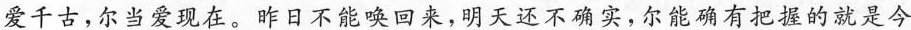
爱千古，尔当爱现在。昨日不能唤回来，明天还不确实，尔能确有把握的就是今